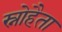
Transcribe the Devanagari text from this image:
स्नोहैता